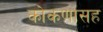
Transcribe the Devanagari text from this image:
कोकणासह